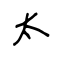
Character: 太